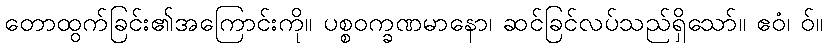
တောထွက်ခြင်း၏အကြောင်းကို။ ပစ္စဝက္ခဏမာနော၊ ဆင်ခြင်လပ်သည်ရှိသော်။ ဧဝံ၊ ဝ်။